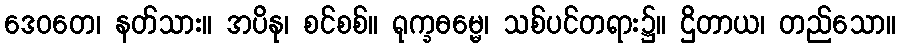
ဒေဝတေ၊ နတ်သား။ အပိနု၊ စင်စစ်။ ရုက္ခဓမ္မေ၊ သစ်ပင်တရား၌။ ဌိတာယ၊ တည်သော။